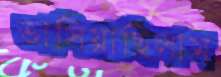
ভাসিয়াছিলাম